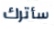
سأترك